Source: Handwritten
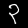
Digit: ၃ (3)